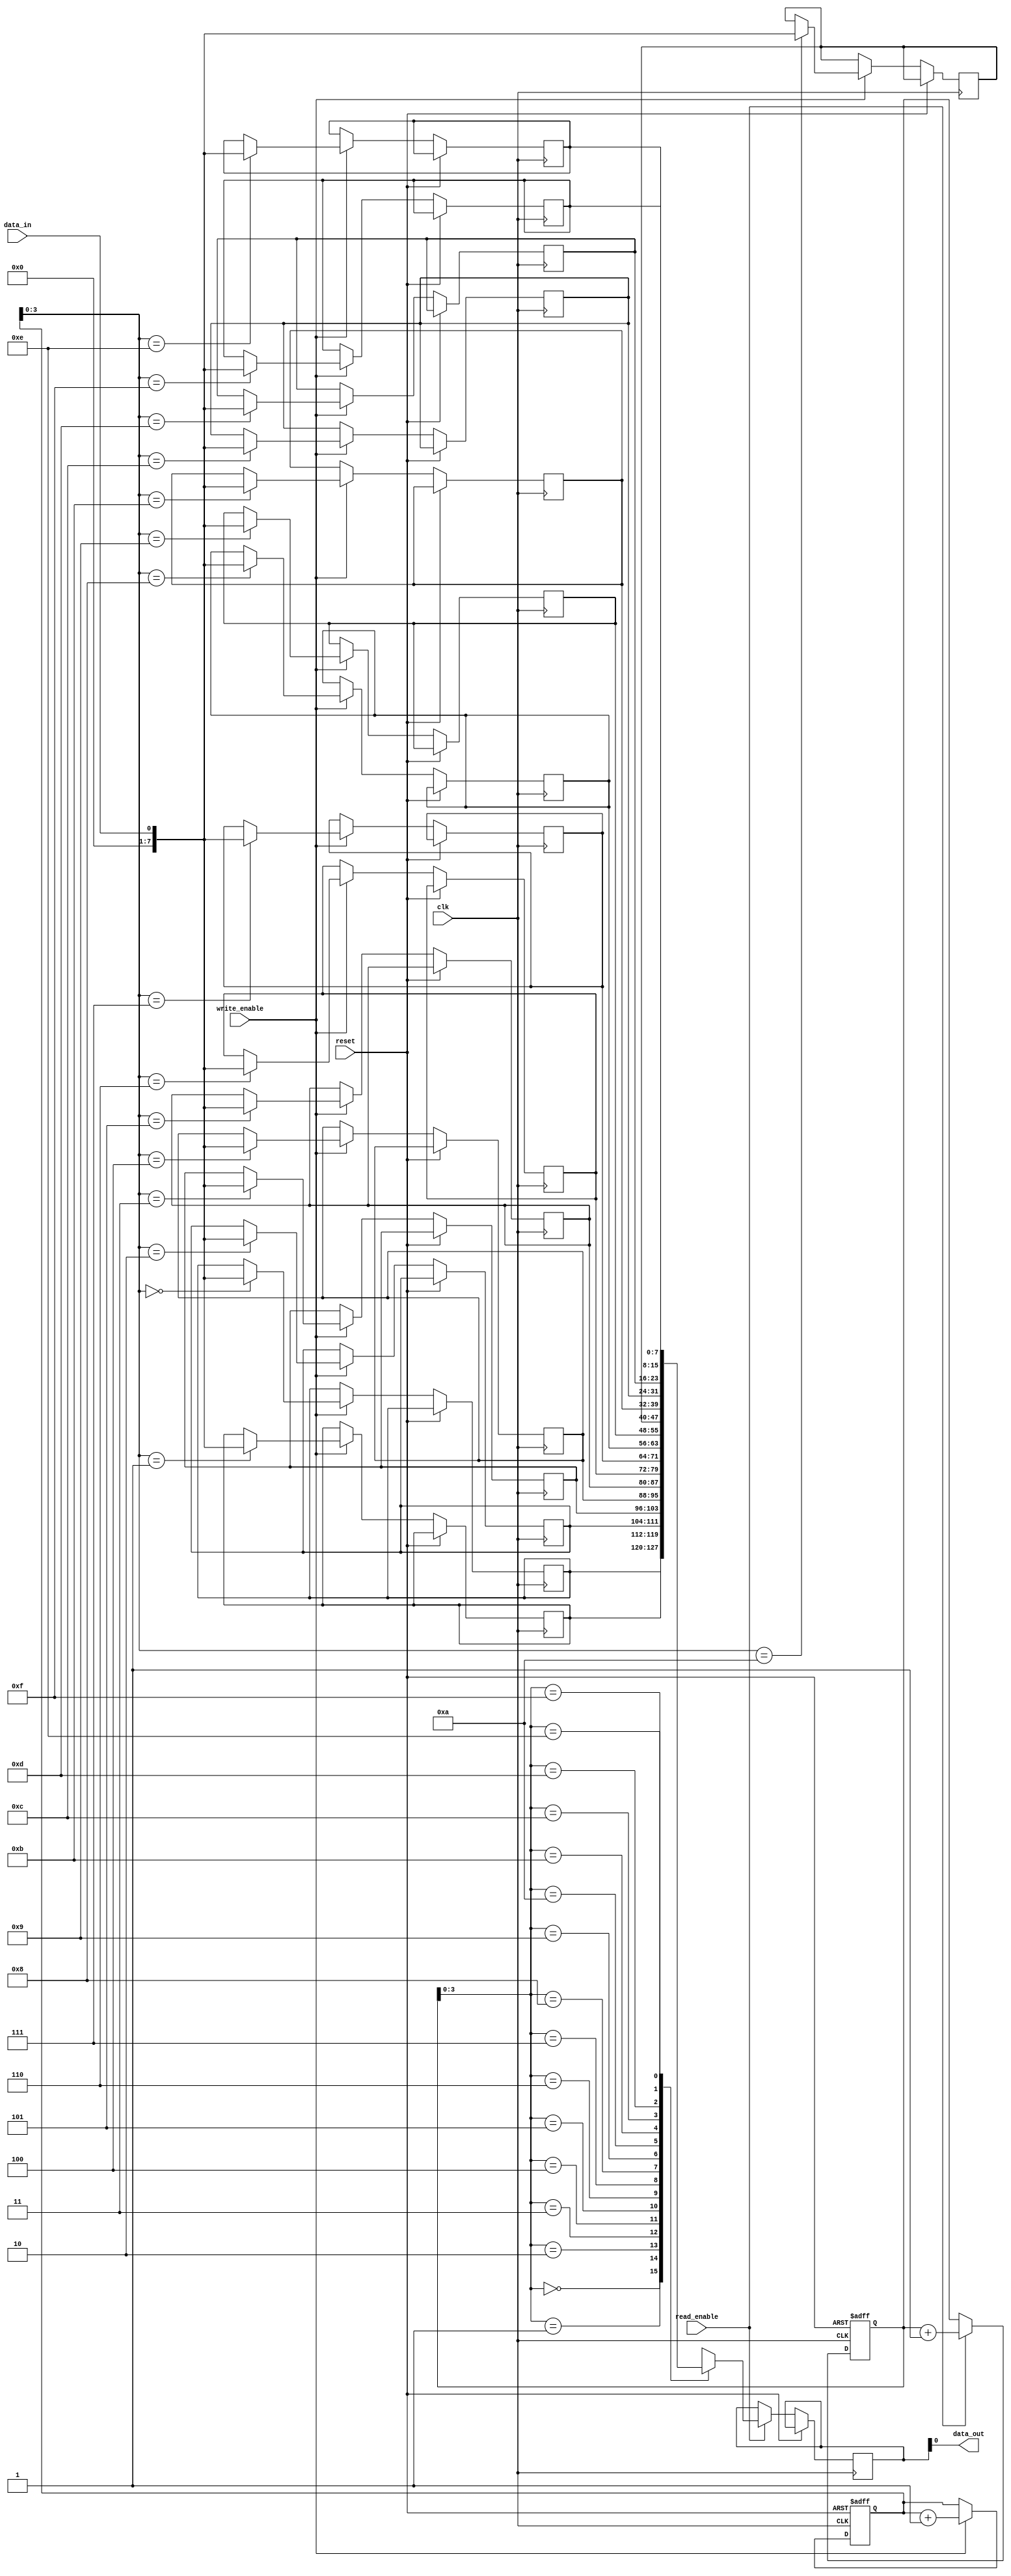
module fifo (
    input wire clk,             // clock signal
    input wire reset,           // reset signal

    input wire data_in,         // input data
    input wire write_enable,    // write enable signal
    input wire read_enable,     // read enable signal

    output wire data_out        // output data
);

parameter WIDTH = 8;           // number of bits in each register
parameter DEPTH = 16;          // size of the FIFO (number of data elements)

reg [WIDTH-1:0] memory [DEPTH-1:0];   // FIFO memory

reg [WIDTH-1:0] data_out_reg;  // output data register

reg [4:0] read_ptr;            // read pointer
reg [4:0] write_ptr;           // write pointer

always @(posedge clk or posedge reset) begin
    if (reset) begin
        read_ptr <= 5'b0;       // initialize read pointer
        write_ptr <= 5'b0;      // initialize write pointer
    end else begin
        if (write_enable) begin
            memory[write_ptr] <= data_in;   // write data to FIFO
            write_ptr <= write_ptr + 1;     // increment write pointer
        end
        if (read_enable) begin
            data_out_reg <= memory[read_ptr];   // read data from FIFO
            read_ptr <= read_ptr + 1;           // increment read pointer
        end
    end
end

assign data_out = data_out_reg;

endmodule